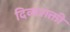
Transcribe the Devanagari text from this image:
दिव्यशक्ती